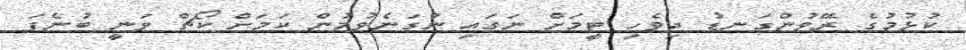
ކުޅުމުގެ ރޭވުންގަނޑު ދިވެހި ޓީމަށް ނަގައި ނުގަނެވުމުން ކަމަށް ކޯޗް ވަނީ ބުނެފަ